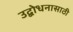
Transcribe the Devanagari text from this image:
उद्बोधनासाठी